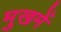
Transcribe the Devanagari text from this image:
मुखमें